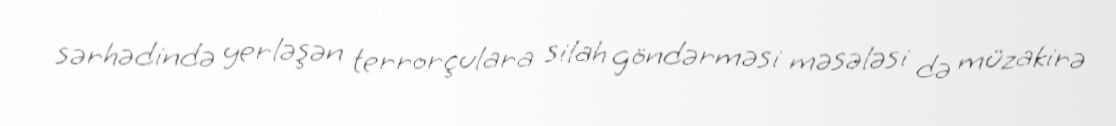
sərhədində yerləşən terrorçulara silah göndərməsi məsələsi də müzakirə